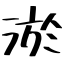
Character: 淤